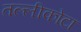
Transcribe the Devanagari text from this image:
तल्लीकोटा